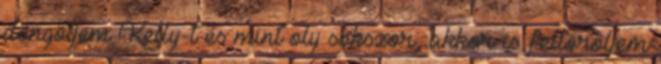
döngöljem Kelly-t és mint oly sokszor, akkor is feltöröljem